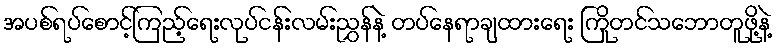
အပစ်ရပ်စောင့်ကြည့်ရေးလုပ်ငန်းလမ်းညွှန်နဲ့ တပ်နေရာချထားရေး ကြိုတင်သဘောတူဖို့နဲ့